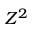
Z ^ { 2 }